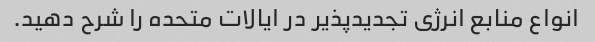
انواع منابع انرژی تجدیدپذیر در ایالات متحده را شرح دهید.